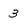
Character: 3